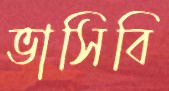
ভাসিবি